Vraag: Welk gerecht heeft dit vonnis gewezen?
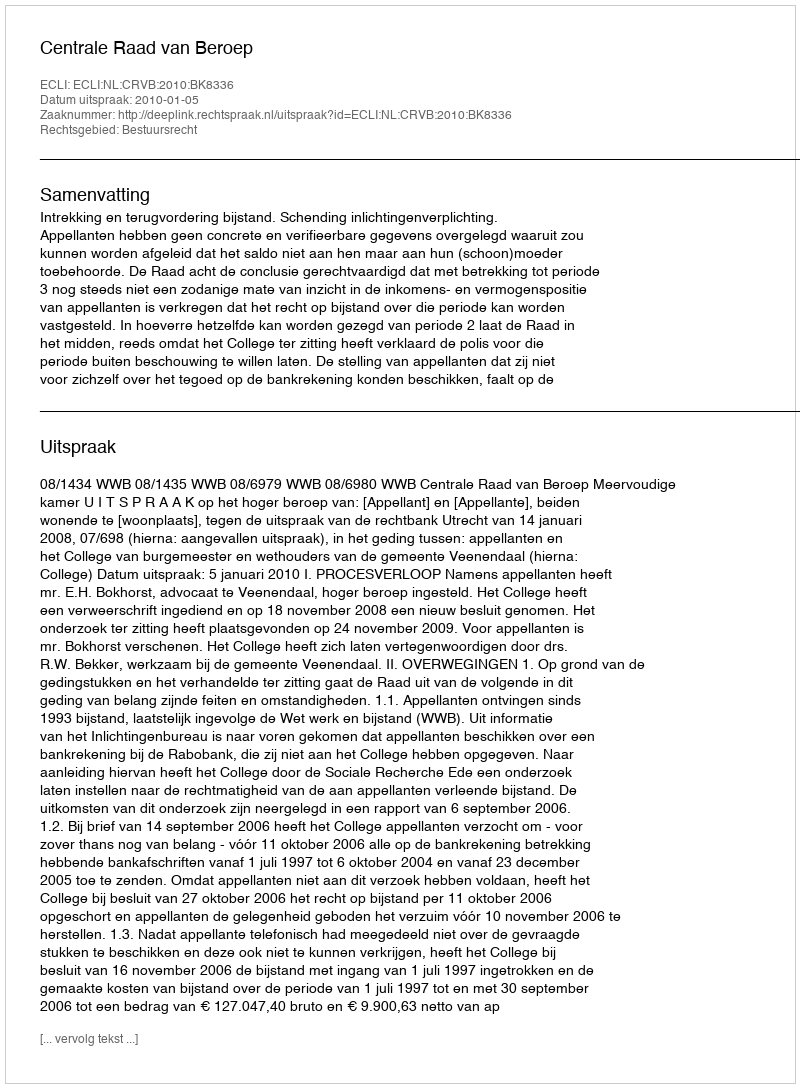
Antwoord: Centrale Raad van Beroep